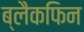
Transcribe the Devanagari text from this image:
ब्लैकफिन